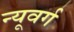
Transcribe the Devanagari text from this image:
न्यूवर्ग